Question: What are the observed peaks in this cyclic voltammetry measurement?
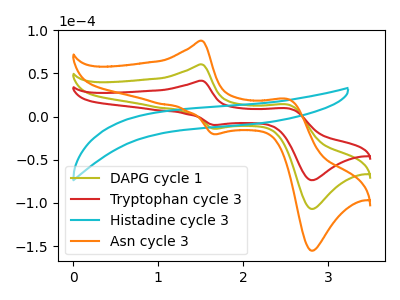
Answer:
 <answer>The olive curve "DAPG cycle 1" has anodic peaks at (1.50V, 60.45uA) (2.55V, 13.75uA) and cathodic peaks at (1.65V, -14.00uA) (2.80V, -106.80uA). The red curve "Tryptophan cycle 3" has anodic peaks at (1.50V, 41.60uA) (2.55V, 9.50uA) and cathodic peaks at (1.65V, -9.65uA) (2.80V, -73.55uA). The cyan curve "Histadine cycle 3" has no peaks. The orange curve "Asn cycle 3" has anodic peaks at (1.50V, 120.85uA) (2.55V, 27.50uA) and cathodic peaks at (1.65V, -28.05uA) (2.80V, -213.60uA).</answer>
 <eval></eval>